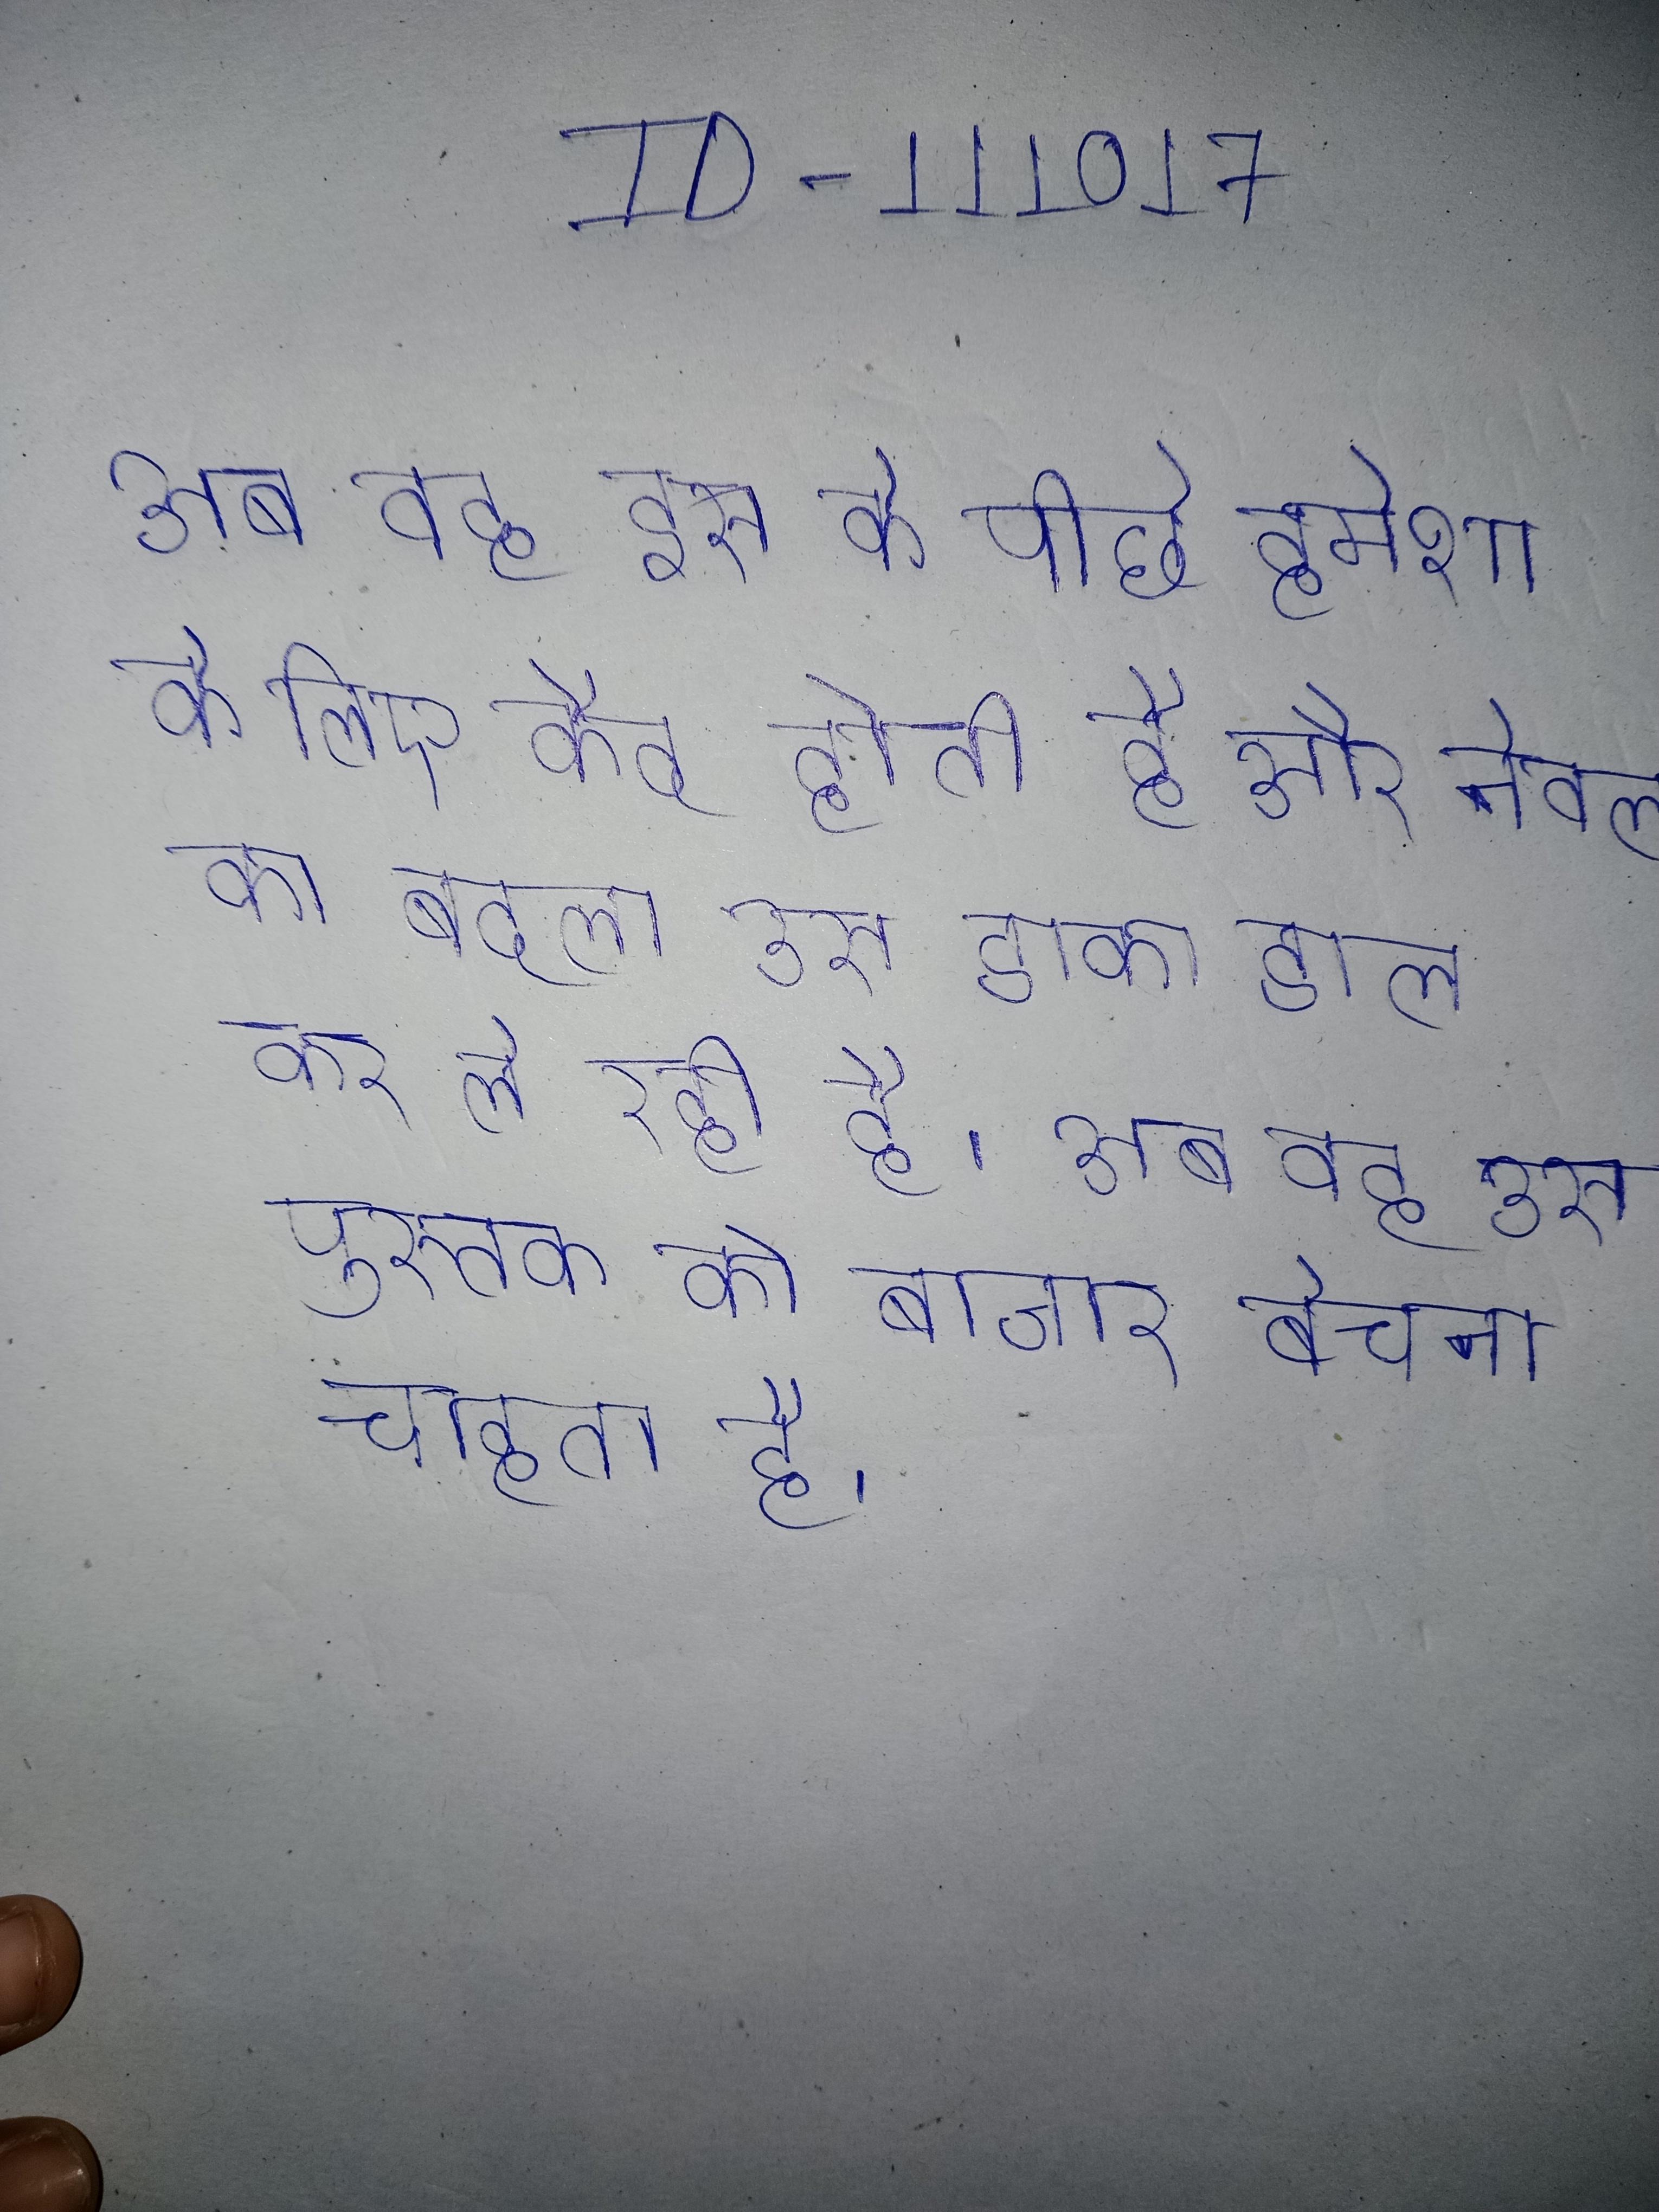
अब वह इस के पीछे हमेशा के लिए कैद होती है और नेवला की गुलाम बनती है । अब वह इसी बात का बदला उस डाका डाल कर ले रही है । अब वह उस पुस्तक को बाजार बेचना चाहता है ।